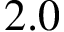
2 . 0